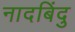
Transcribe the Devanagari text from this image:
नादबिंदु